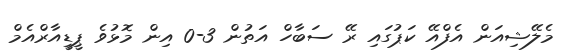
މެލޭޝިއަން އެފްއޭ ކަޕުގައި ރޭ ސަބާހް އަތުން 3-0 އިން މޮޅުވެ ޕީޑީއާރްއެމް